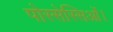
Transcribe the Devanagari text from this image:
पोस्सेस्सिओं।